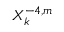
X _ { k } ^ { - 4 , m }